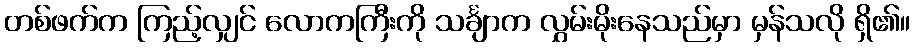
တစ်ဖက်က ကြည့်လျှင် လောကကြီးကို သင်္ချာက လွှမ်းမိုးနေသည်မှာ မှန်သလို ရှိ၏။